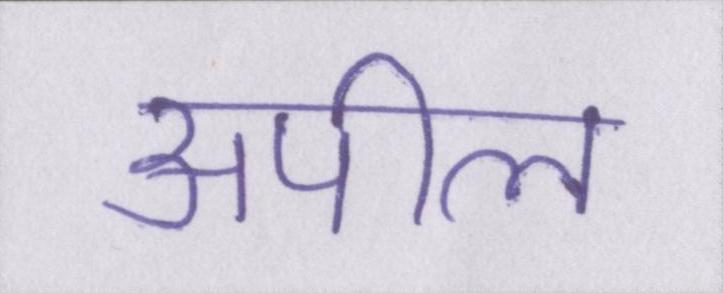
अपील